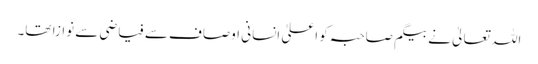
اللہ تعالیٰ نے بیگم صاحبہ کو اعلیٰ انسانی اوصاف سے فیاضی سے نوازا تھا۔